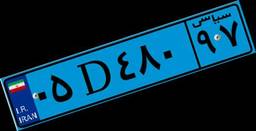
۰۵D۴۸۰۹۷